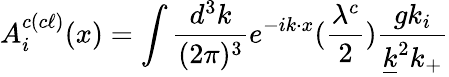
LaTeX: A_{i}^{c(c\ell)}(x)=\int{\frac{d^{3}k}{(2\pi)^{3}}}e^{-ik\cdot x}({\frac{\lambda^{c}}{2}}){\frac{gk_{i}}{{\underline{{k}}}^{2}k_{+}}}